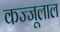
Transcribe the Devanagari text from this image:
कज्‍जूलाल